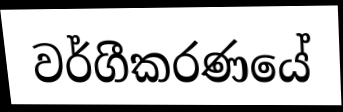
වර්ගීකරණයේ